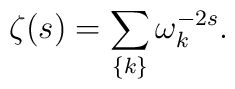
\zeta(s)=\sum_{\{k\}}\omega_k^{-2 s}.